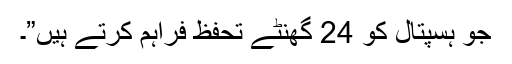
جو ہسپتال کو 24 گھنٹے تحفظ فراہم کرتے ہیں”۔